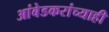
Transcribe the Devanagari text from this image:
आंबेडकरांच्याही